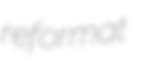
reformat